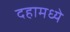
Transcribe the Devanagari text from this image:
दहामध्ये